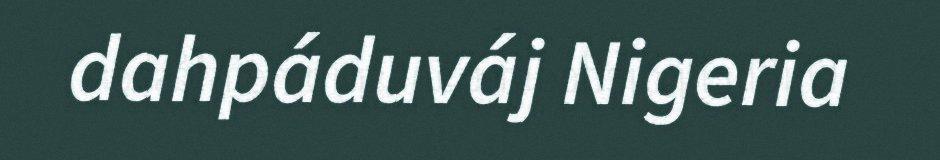
dahpáduváj Nigeria